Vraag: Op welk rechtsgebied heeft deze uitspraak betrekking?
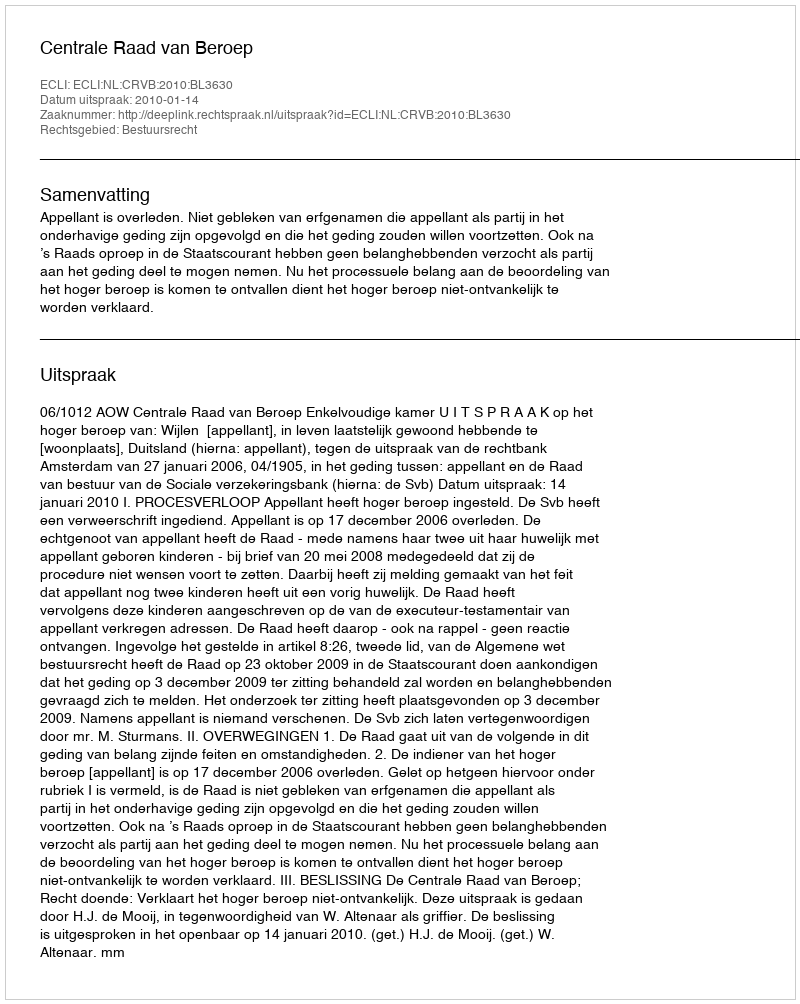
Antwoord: Bestuursrecht